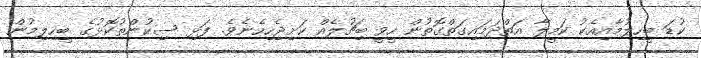
ކުޑަ ބީހިލުމާއިއެކު ކަމީލާ އަތްދަމައިގަތްގޮތުން ހީވީ ބިޗުލެއް ކަށިޖެހިހެނެވެ. ފަޅި ސިކުންތުކޮޅުގެ ބީހިލިމުން